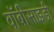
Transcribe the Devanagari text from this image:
वॉबीसाइडी